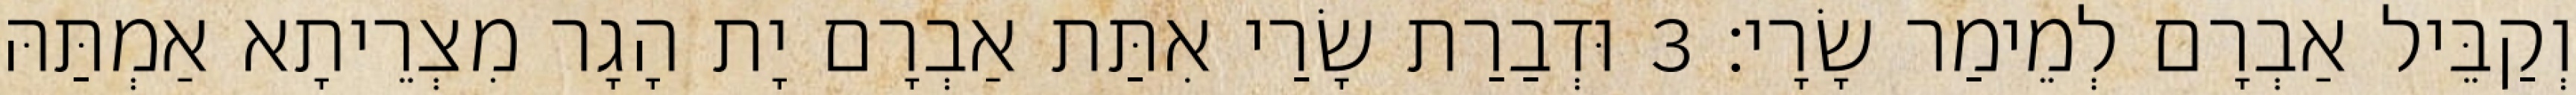
וְקַבֵּיל אַבְרָם לְמֵימַר שָׂרָי׃ 3 וּדְבַרַת שָׂרַי אִתַּת אַבְרָם יָת הָגָר מִצְרֵיתָא אַמְתַּהּ